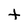
Character: t